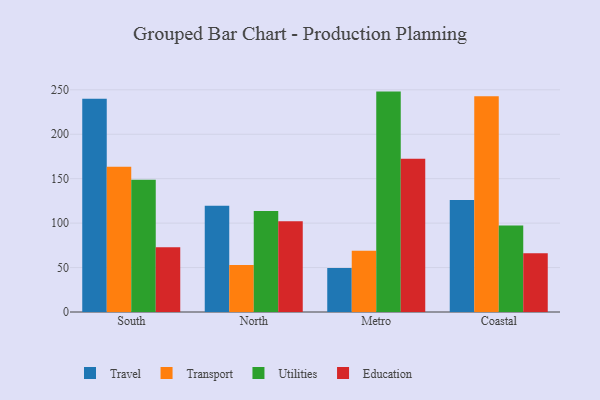
{"axis": {"x": "Region", "y": "Net Income (USD K)"}, "legend": ["Education", "Transport", "Travel", "Utilities"], "data": [{"x": "South", "y": 239.9, "type": "Travel"}, {"x": "South", "y": 163.3, "type": "Transport"}, {"x": "South", "y": 148.8, "type": "Utilities"}, {"x": "South", "y": 72.9, "type": "Education"}, {"x": "North", "y": 119.6, "type": "Travel"}, {"x": "North", "y": 52.9, "type": "Transport"}, {"x": "North", "y": 113.6, "type": "Utilities"}, {"x": "North", "y": 102.0, "type": "Education"}, {"x": "Metro", "y": 49.5, "type": "Travel"}, {"x": "Metro", "y": 69.0, "type": "Transport"}, {"x": "Metro", "y": 248.0, "type": "Utilities"}, {"x": "Metro", "y": 172.5, "type": "Education"}, {"x": "Coastal", "y": 126.1, "type": "Travel"}, {"x": "Coastal", "y": 242.8, "type": "Transport"}, {"x": "Coastal", "y": 97.4, "type": "Utilities"}, {"x": "Coastal", "y": 66.2, "type": "Education"}]}